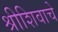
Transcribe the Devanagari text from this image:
श्रीशिवाचे